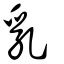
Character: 乳